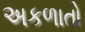
અકળાતો